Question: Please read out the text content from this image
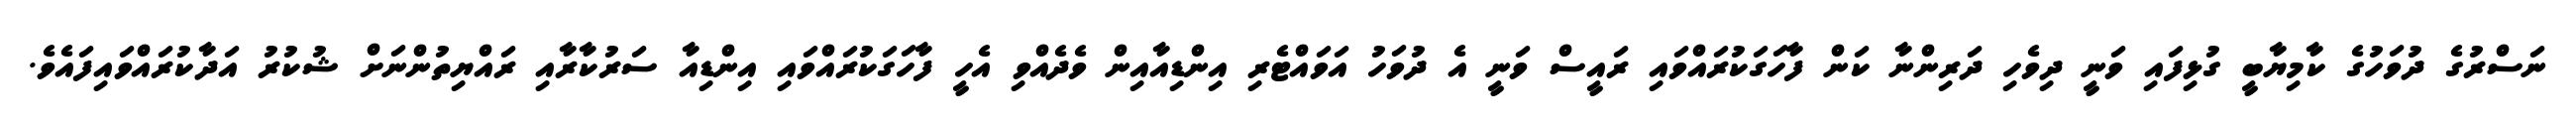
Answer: ނަސްރުގެ ދުވަހުގެ ކާމިޔާބީ ގުޅިފައި ވަނީ ދިވެހި ދަރިންނާ ކަން ފާހަގަކުރައްވައި ރައީސް ވަނީ އެ ދުވަހު އަވައްޓެރި އިންޑިއާއިން ވެދެއްވި އެހީ ފާހަގަކުރައްވައި އިންޑިއާ ސަރުކާރާއި ރައްޔިތުންނަށް ޝުކުރު އަދާކުރައްވައިފައެވެ.